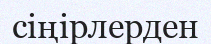
сіңірлерден